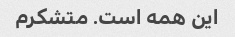
این همه است. متشکرم